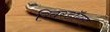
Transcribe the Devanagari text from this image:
रिवरडॉग्स